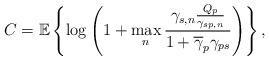
LaTeX: \begin{align*}C = \mathbb{E}\left\{\log\left(1+ \max_{n}\frac{\gamma_{s,n} \frac{Q_{p}}{\gamma_{sp,n}}}{1+\overline{\gamma}_{p} \gamma_{ps}}\right)\right\},\end{align*}